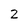
Character: 2